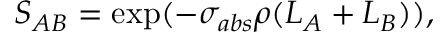
S _ { A B } = \exp ( - \sigma _ { a b s } \rho ( L _ { A } + L _ { B } ) ) ,